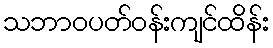
သဘာဝပတ်ဝန်းကျင်ထိန်း